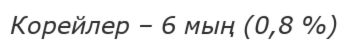
Корейлер – 6 мың (0,8 %)